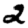
Digit: 2